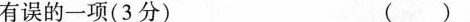
有误的一项(3分) ( )